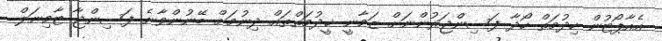
އެއާޕޯޓުން ހިދުމަތް ހޯދާ ފަސިންޖަރުންނަށް ޒަމާނީ ޚީދުމަތްތައް ދިނުމަށް ބޭނުންވާނެ ފަސިންޖާ ޓާމިނަލް